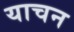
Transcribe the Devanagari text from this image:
याचन